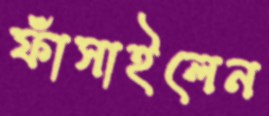
ফাঁসাইলেন